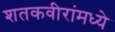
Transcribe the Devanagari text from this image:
शतकवीरांमध्ये